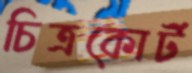
চিত্রকোর্ট